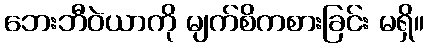
ဘေးဘီဝဲယာကို မျက်စိကစားခြင်း မရှိ။